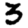
Digit: 3